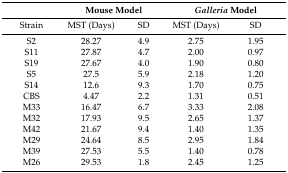
|  | <COLSPAN=2> Mouse Model | <COLSPAN=2> Galleria Model |
 | --- | --- | --- | --- | --- |
 | Strain | MST (Days) | SD | MST (Days) | SD |
 | S2 | 28.27 | 4.9 | 2.75 | 1.95 |
 | S11 | 27.87 | 4.7 | 2.00 | 0.97 |
 | S19 | 27.67 | 4.0 | 1.90 | 0.80 |
 | S5 | 27.5 | 5.9 | 2.18 | 1.20 |
 | S14 | 12.6 | 9.3 | 1.70 | 0.75 |
 | CBS | 4.47 | 2.2 | 1.31 | 0.51 |
 | M33 | 16.47 | 6.7 | 3.33 | 2.08 |
 | M32 | 17.93 | 9.5 | 2.65 | 1.37 |
 | M42 | 21.67 | 9.4 | 1.40 | 1.35 |
 | M29 | 24.64 | 8.5 | 2.95 | 1.84 |
 | M39 | 27.53 | 5.5 | 1.40 | 0.78 |
 | M26 | 29.53 | 1.8 | 2.45 | 1.25 |